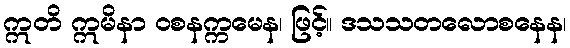
ဣတိ ဣမိနာ ဝစနက္ကမေန၊ ဖြင့်။ ဒသသတလောစနေန၊